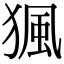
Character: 猦